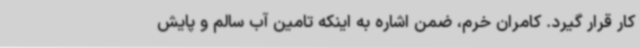
کار قرار گیرد. کامران خرم، ضمن اشاره به اینکه تامین آب سالم و پایش